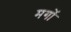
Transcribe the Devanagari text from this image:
मगों